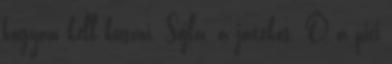
hogyan kell kúszni. Sojla, a játékos. Ő a pici